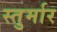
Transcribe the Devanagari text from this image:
स्तुर्मार